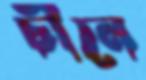
চীনে